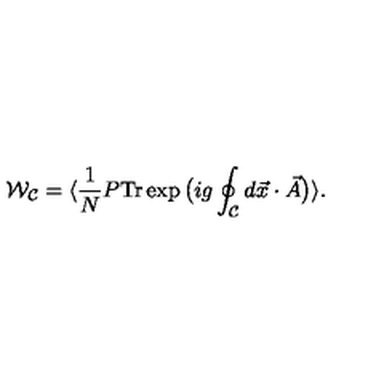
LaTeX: { \cal W } _ { { \cal C } } = \langle \frac { 1 } { N } P \mathrm { T r } \exp \big ( i g \oint _ { { \cal C } } d \vec { x } \cdot \vec { A } \big ) \rangle .